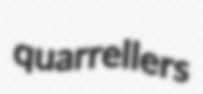
quarrellers